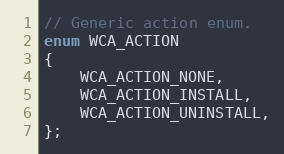
Language: C
// Generic action enum.
enum WCA_ACTION
{
    WCA_ACTION_NONE,
    WCA_ACTION_INSTALL,
    WCA_ACTION_UNINSTALL,
};